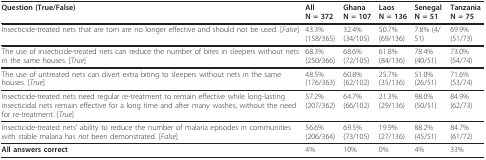
| Question (True/False) | All N = 372 | Ghana N = 107 | Laos N = 136 | Senegal N = 51 | Tanzania N = 75 |
 | --- | --- | --- | --- | --- | --- |
 | Insecticide-treated nets that are torn are no longer effective and should not be used. [False] | 43.3% (158/365) | 32.4% (34/105) | 50.7% (69/136) | 7.8% (4/51) | 69.9% (51/73) |
 | The use of insecticide-treated nets can reduce the number of bites in sleepers without nets in the same houses. [True] | 68.3% (250/366) | 68.6% (72/105) | 61.8% (84/136) | 78.4% (40/51) | 73.0% (54/74) |
 | The use of untreated nets can divert extra biting to sleepers without nets in the same houses. [True] | 48.5% (176/363) | 60.8% (62/102) | 25.7% (35/136) | 51.0% (26/51) | 71.6% (53/74) |
 | Insecticide-treated nets need regular re-treatment to remain effective while long-lasting insecticidal nets remain effective for a long time and after many washes, without the need for re-treatment. [True] | 57.2% (207/362) | 64.7% (66/102) | 21.3% (29/136) | 98.0% (50/51) | 84.9% (62/73) |
 | Insecticide-treated nets' ability to reduce the number of malaria episodes in communities with stable malaria has not been demonstrated. [False] | 56.6% (206/364) | 69.5% (73/105) | 19.9% (27/136) | 88.2% (45/51) | 84.7% (61/72) |
 | All answers correct | 4% | 10% | 0% | 4% | 33% |